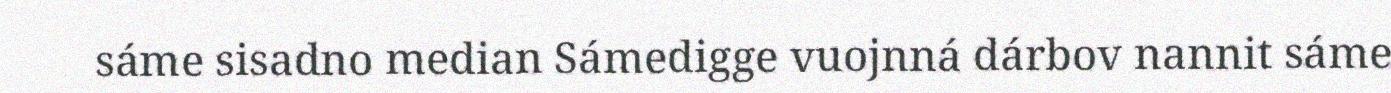
sáme sisadno median Sámedigge vuojnná dárbov nannit sáme